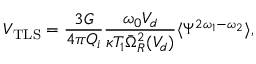
V _ { \mathrm { T L S } } = \frac { 3 G } { 4 \pi Q _ { i } } \frac { \omega _ { 0 } V _ { d } } { \kappa T _ { 1 } \bar { \Omega } _ { R } ^ { 2 } ( V _ { d } ) } \langle \Psi ^ { 2 \omega _ { 1 } - \omega _ { 2 } } \rangle ,